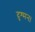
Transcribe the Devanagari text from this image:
दुश्मन।